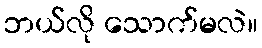
ဘယ်လို သောက်မလဲ။